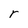
Character: r